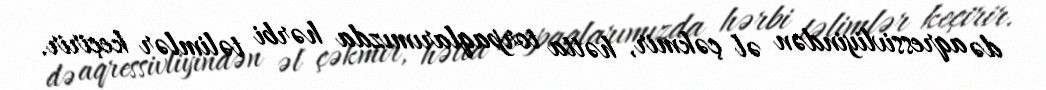
də aqressivliyindən əl çəkmir, hətta torpaqlarımızda hərbi təlimlər keçirir.